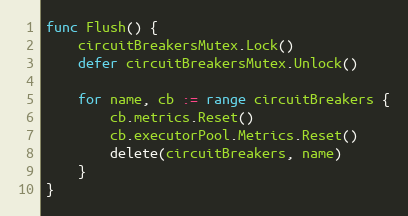
Language: Go
func Flush() {
	circuitBreakersMutex.Lock()
	defer circuitBreakersMutex.Unlock()

	for name, cb := range circuitBreakers {
		cb.metrics.Reset()
		cb.executorPool.Metrics.Reset()
		delete(circuitBreakers, name)
	}
}